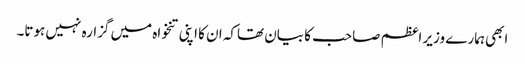
ابھی ہمارے وزیر اعظم صاحب کا بیان تھاکہ ان کا اپنی تنخواہ میں گزارہ نہیں ہوتا۔